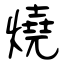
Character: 燒